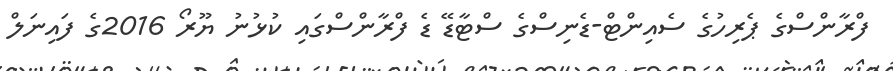
ފްރާންސްގެ ޕެރިހުގެ ސެއިންޓް-ޑެނިސްގެ ސްޓާޑޭ ޑެ ފްރާންސްގައި ކުޅުނު ޔޫރޯ 2016ގެ ފައިނަލް